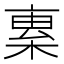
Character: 𣕏